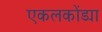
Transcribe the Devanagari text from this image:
एकलकोंड्या